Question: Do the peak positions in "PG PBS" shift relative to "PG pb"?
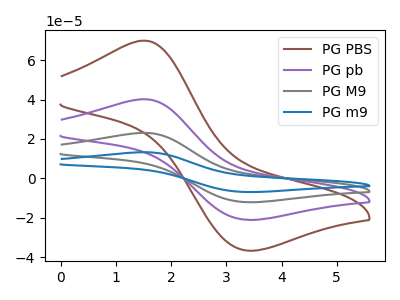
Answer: <think>The brown curve "PG PBS" has an anodic peak at (1.50V, 69.90uA) and a cathodic peak at (3.40V, -36.70uA). The purple curve "PG pb" has an anodic peak at (1.50V, 40.15uA) and a cathodic peak at (3.40V, -21.10uA). The gray curve "PG M9" has an anodic peak at (1.50V, 80.35uA) and a cathodic peak at (3.40V, -42.20uA). The blue curve "PG m9" has an anodic peak at (1.50V, 120.50uA) and a cathodic peak at (3.40V, -63.25uA).
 All the peaks in "PG PBS" have a peak in "PG pb" at the same potential. Every peak in "PG PBS" is higher than every peak in "PG pb".</think>
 <answer>No, "PG PBS" and "PG pb" don't appear to be significantly different in shape</answer>
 <eval>no_change</eval>